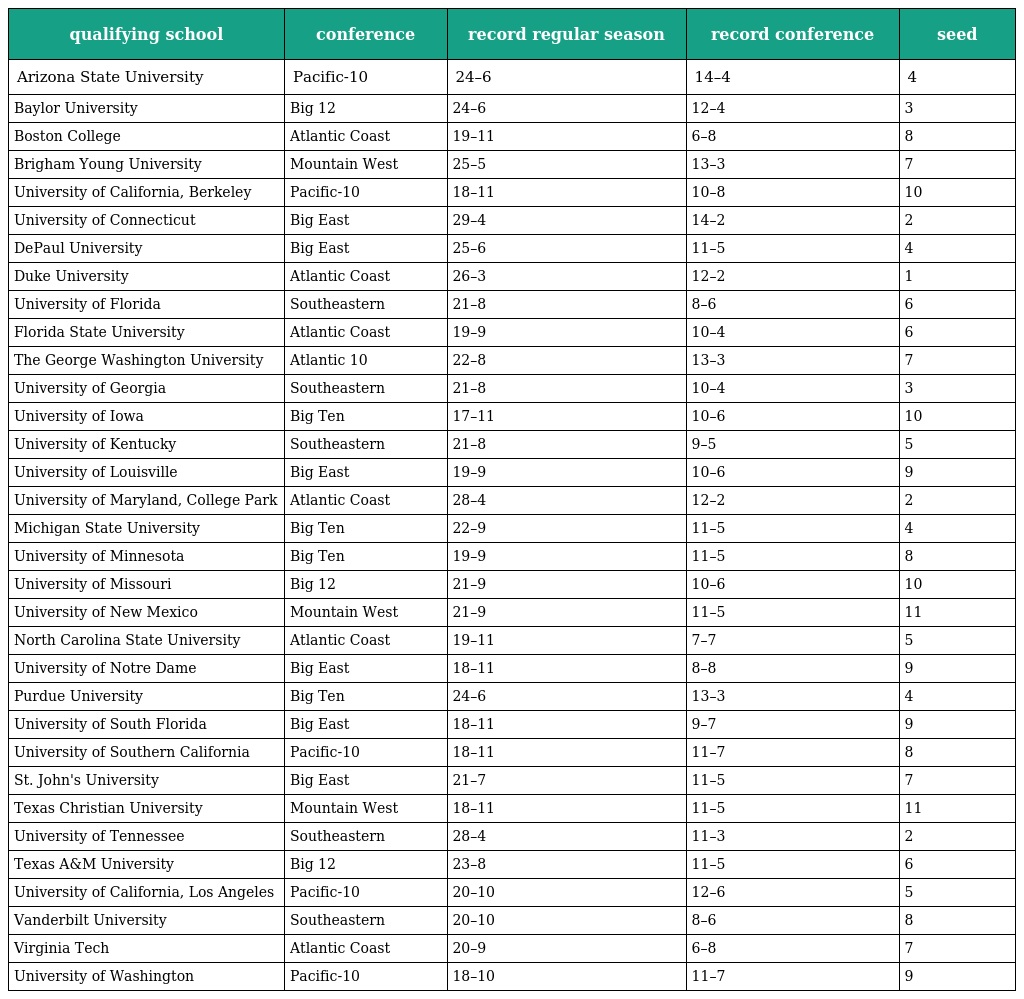
| qualifying school | conference | record regular season | record conference | seed |
 | --- | --- | --- | --- | --- |
 | Arizona State University | Pacific-10 | 24–6 | 14–4 | 4 |
 | Baylor University | Big 12 | 24–6 | 12–4 | 3 |
 | Boston College | Atlantic Coast | 19–11 | 6–8 | 8 |
 | Brigham Young University | Mountain West | 25–5 | 13–3 | 7 |
 | University of California, Berkeley | Pacific-10 | 18–11 | 10–8 | 10 |
 | University of Connecticut | Big East | 29–4 | 14–2 | 2 |
 | DePaul University | Big East | 25–6 | 11–5 | 4 |
 | Duke University | Atlantic Coast | 26–3 | 12–2 | 1 |
 | University of Florida | Southeastern | 21–8 | 8–6 | 6 |
 | Florida State University | Atlantic Coast | 19–9 | 10–4 | 6 |
 | The George Washington University | Atlantic 10 | 22–8 | 13–3 | 7 |
 | University of Georgia | Southeastern | 21–8 | 10–4 | 3 |
 | University of Iowa | Big Ten | 17–11 | 10–6 | 10 |
 | University of Kentucky | Southeastern | 21–8 | 9–5 | 5 |
 | University of Louisville | Big East | 19–9 | 10–6 | 9 |
 | University of Maryland, College Park | Atlantic Coast | 28–4 | 12–2 | 2 |
 | Michigan State University | Big Ten | 22–9 | 11–5 | 4 |
 | University of Minnesota | Big Ten | 19–9 | 11–5 | 8 |
 | University of Missouri | Big 12 | 21–9 | 10–6 | 10 |
 | University of New Mexico | Mountain West | 21–9 | 11–5 | 11 |
 | North Carolina State University | Atlantic Coast | 19–11 | 7–7 | 5 |
 | University of Notre Dame | Big East | 18–11 | 8–8 | 9 |
 | Purdue University | Big Ten | 24–6 | 13–3 | 4 |
 | University of South Florida | Big East | 18–11 | 9–7 | 9 |
 | University of Southern California | Pacific-10 | 18–11 | 11–7 | 8 |
 | St. John's University | Big East | 21–7 | 11–5 | 7 |
 | Texas Christian University | Mountain West | 18–11 | 11–5 | 11 |
 | University of Tennessee | Southeastern | 28–4 | 11–3 | 2 |
 | Texas A&M University | Big 12 | 23–8 | 11–5 | 6 |
 | University of California, Los Angeles | Pacific-10 | 20–10 | 12–6 | 5 |
 | Vanderbilt University | Southeastern | 20–10 | 8–6 | 8 |
 | Virginia Tech | Atlantic Coast | 20–9 | 6–8 | 7 |
 | University of Washington | Pacific-10 | 18–10 | 11–7 | 9 |